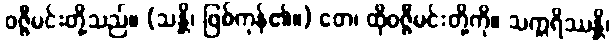
ဝဇ္ဇီမင်းတို့သည်။ (သန္တိ၊ ဖြစ်ကုန်၏။) တေ၊ ထိုဝဇ္ဇီမင်းတို့ကို။ သက္ကရိဿန္တိ၊